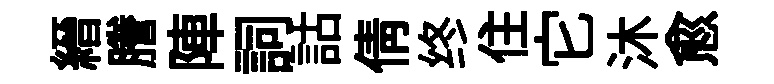
縉謄陣詞詁倩终住它沐愈